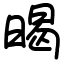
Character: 暍